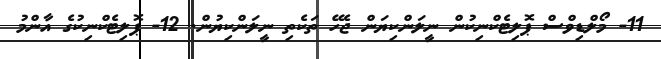
11- މޯލްޑިވްސް ޕޮލިޓެކްނިކުން ނީލަންކިޔަން ޖެހޭ ތަކެތި ނީލަންކިޔުން. 12- ޕޮލިޓެކްނިކުގެ އާންމު